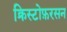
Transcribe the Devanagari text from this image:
क्रिस्टोफ़रसन